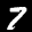
Label: 7